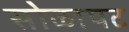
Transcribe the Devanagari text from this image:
सोळापट